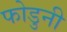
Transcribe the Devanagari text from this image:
फोडुनी